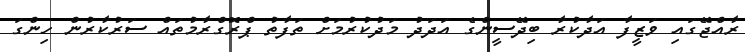
ރާއްޖޭގައި ވަޒީފާ އަދާކުރާ ބިދޭސީންގެ އަދަދު މަދުކުރުމަށް ތަފާތު ޕްރޮގްރާމުތައް ސަރުކާރުން ހިންގަ